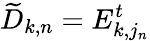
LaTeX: \widetilde{D}_{k,n}=E_{k,j_{n}}^{t}